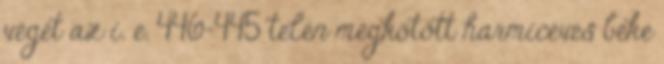
végét az i. e. 446–445 telén megkötött harmicéves béke